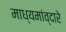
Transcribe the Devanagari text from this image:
माध्यमांव्दारे